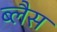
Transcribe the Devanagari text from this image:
ब्लैस